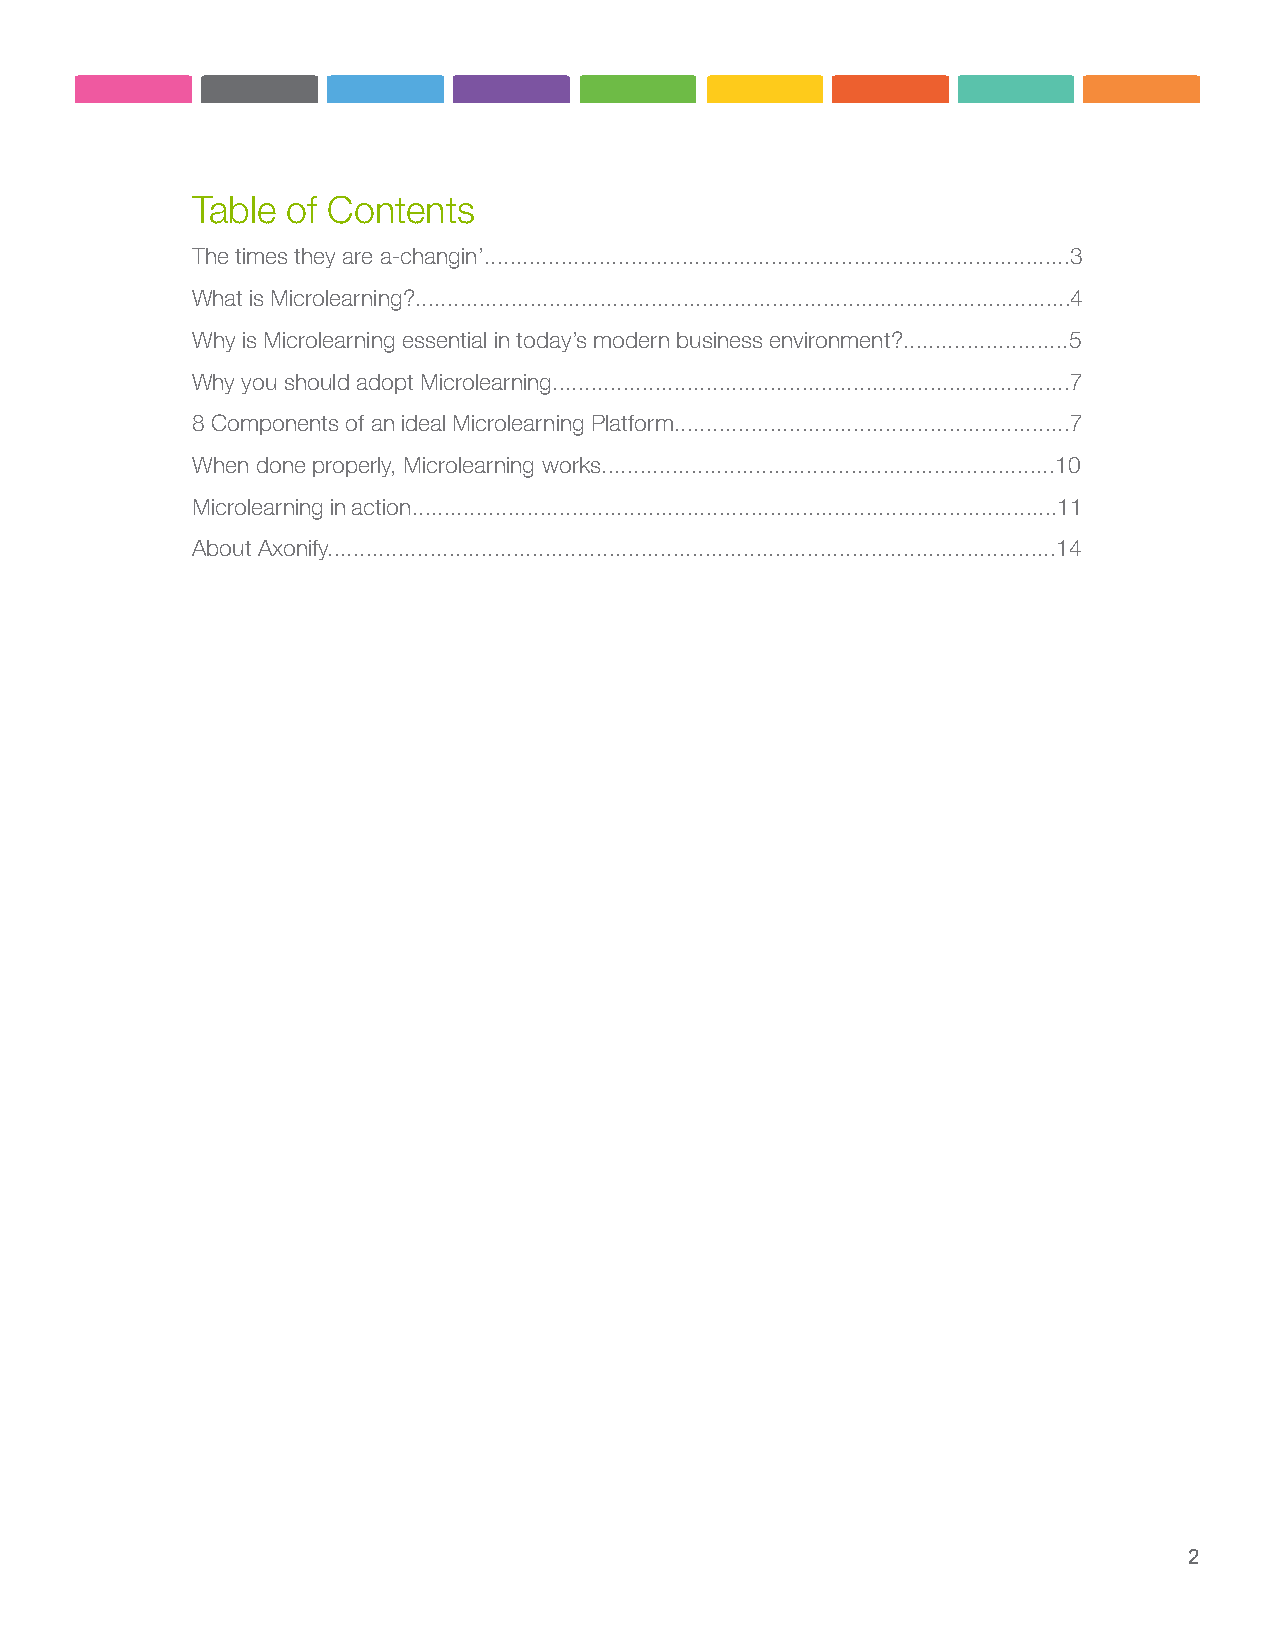
Table of Contents
 The times they are a-changin’............................................................................................3
 What is Microlearning?.......................................................................................................4
 Why is Microlearning essential in today’s modern business environment?..........................5
 Why you should adopt Microlearning.................................................................................7
 8 Components of an ideal Microlearning Platform..............................................................7
 When done properly, Microlearning works.......................................................................10
 Microlearning in action.....................................................................................................11
 About Axonify..................................................................................................................14
 2